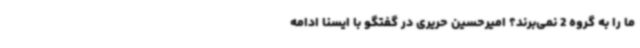
ما را به گروه 2 نمی‌برند؟ امیرحسین حریری در گفتگو با ایسنا ادامه